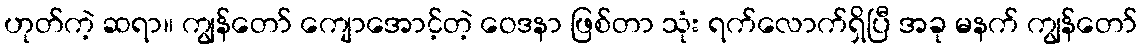
ဟုတ်ကဲ့ ဆရာ။ ကျွန်တော် ကျောအောင့်တဲ့ ဝေဒနာ ဖြစ်တာ သုံး ရက်လောက်ရှိပြီ အခု မနက် ကျွန်တော်